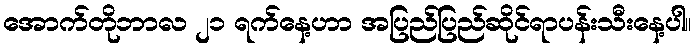
အောက်တိုဘာလ ၂၁ ရက်နေ့ဟာ အပြည်ပြည်ဆိုင်ရာပန်းသီးနေ့ပါ။